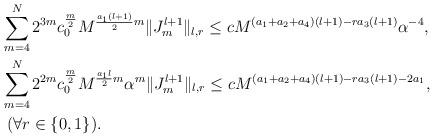
LaTeX: \begin{align*}&\sum_{m=4}^N2^{3m}c_0^{\frac{m}{2}}M^{\frac{a_1(l+1)}{2}m}\|J_m^{l+1}\|_{l,r}\le c M^{(a_1+a_2+a_4)(l+1)-ra_3(l+1)}\alpha^{-4},\\&\sum_{m=4}^N2^{2m}c_0^{\frac{m}{2}}M^{\frac{a_1 l}{2}m}\alpha^m\|J_m^{l+1}\|_{l,r}\le c M^{(a_1+a_2+a_4)(l+1)-ra_3(l+1)-2a_1},\\&\ (\forall r\in \{0,1\}).\end{align*}